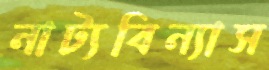
নাট্যবিন্যাস